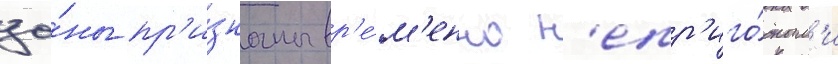
зо́ны пр'и́знаны вр'е́м'енно н'епр'иго́дным'и